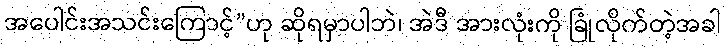
အပေါင်းအသင်းကြောင့်”ဟု ဆိုရမှာပါဘဲ၊ အဲဒီ အားလုံးကို ခြုံလိုက်တဲ့အခါ